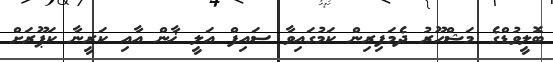
ބޮލީވުޑްގެ މަޝްހޫރު ދެމަފިރިން ކަމުގައިވާ ސައިފް އަލީ ޚާން އާއި ކަރީނާ ކަޕޫރަށް